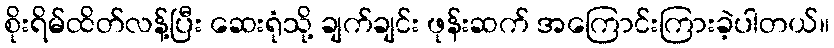
စိုးရိမ်ထိတ်လန့်ပြီး ဆေးရုံသို့ ချက်ချင်း ဖုန်းဆက် အကြောင်းကြားခဲ့ပါတယ်။